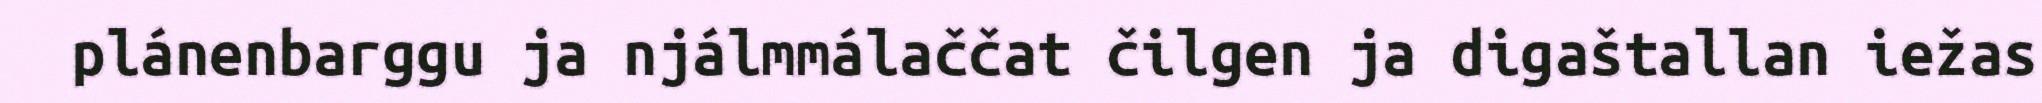
plánenbarggu ja njálmmálaččat čilgen ja digaštallan iežas